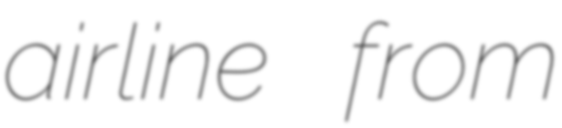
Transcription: airline from